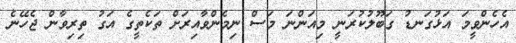
އެހެންވީމަ އަޅުގަނޑު ގަބޫލުކުރަނީ މިއަންނަ މަސް ނިމެންވާއިރަށް ތަކެތީގެ އަގު ތިރިވާން ޖެހޭނެ